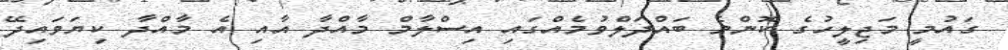
ގައުމީ މަޖިލީހުގެ ކޮންމެ ބައްދަލްވުމެއްގައި އިސްލާމް މާއްދާ އާއި އެ މާއްދާ ކިޔަވައިދޭ